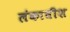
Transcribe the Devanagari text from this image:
लंकाधीश